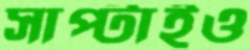
সাপ্‌টাইও